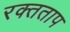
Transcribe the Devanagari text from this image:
रक्तताप